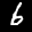
Label: 6